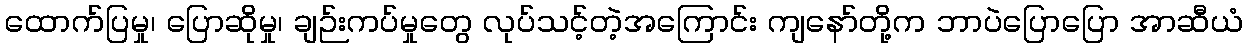
ထောက်ပြမှု၊ ပြောဆိုမှု၊ ချဉ်းကပ်မှုတွေ လုပ်သင့်တဲ့အကြောင်း ကျနော်တို့က ဘာပဲပြောပြော အာဆီယံ